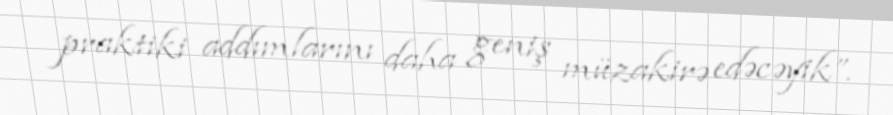
praktiki addımlarını daha geniş müzakirə edəcəyik”.